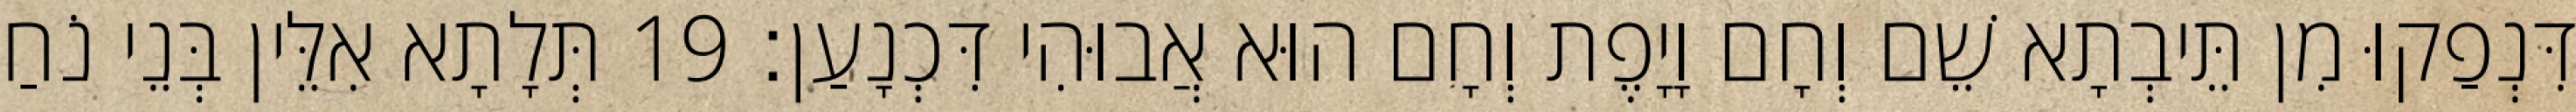
דִּנְפַקוּ מִן תֵּיבְתָא שֵׁם וְחָם וָיָפֶת וְחָם הוּא אֲבוּהִי דִּכְנָעַן׃ 19 תְּלָתָא אִלֵּין בְּנֵי נֹחַ